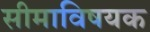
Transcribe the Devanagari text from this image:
सीमाविषयक